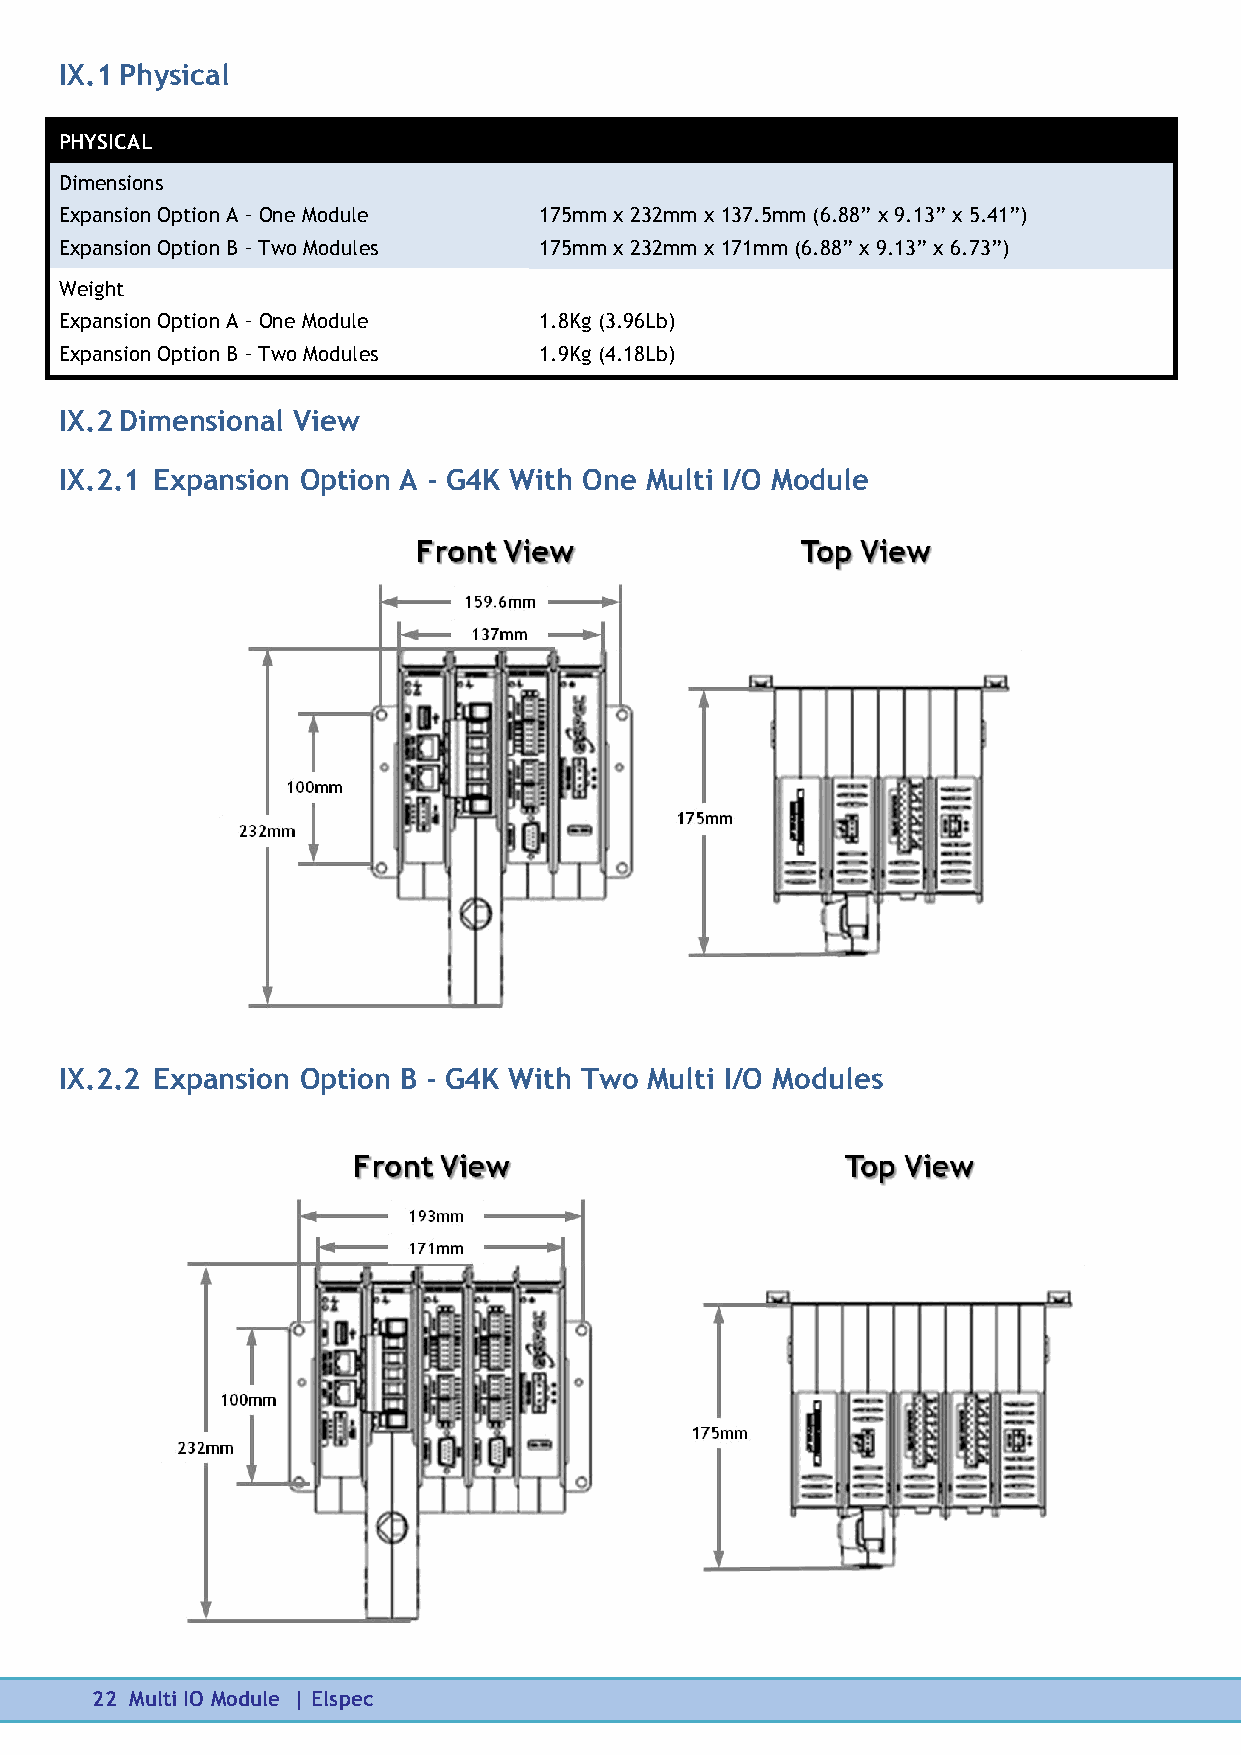
IX.1 Physical
 PHYSICAL
 Dimensions
 Expansion Option A – One Module 175mm x 232mm x 137.5mm (6.88” x 9.13” x 5.41”)
 Expansion Option B – Two Modules 175mm x 232mm x 171mm (6.88” x 9.13” x 6.73”)
 Weight
 Expansion Option A – One Module 1.8Kg (3.96Lb)
 Expansion Option B – Two Modules 1.9Kg (4.18Lb)
 IX.2 Dimensional View
 IX.2.1 Expansion Option A - G4K With One Multi I/O Module
 IX.2.2 Expansion Option B - G4K With Two Multi I/O Modules
 22 Multi IO Module | Elspec